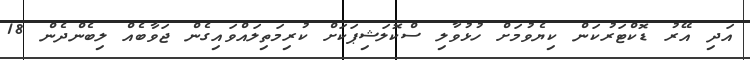
އަދި އޭރު ޑޮކްޓަރުކަން ކިޔެވުމަށް ހުޅުވާލި ސްކޮލަޝިޕަކަށް ކުރިމަތިލައްވައިގެން ޖަވާބެއް ލިބެންދެން 18